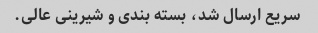
سریع ارسال شد، بسته بندی و شیرینی عالی.